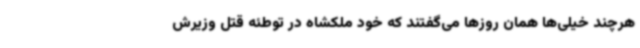
هرچند خیلی‌ها همان روزها می‌گفتند که خود ملکشاه در توطئه قتل وزیرش